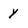
Character: y